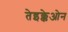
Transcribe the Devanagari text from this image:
तेइक्केओन